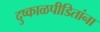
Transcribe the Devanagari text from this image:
दुष्काळपीडितांना